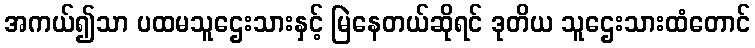
အကယ်၍သာ ပထမသူဌေးသားနှင့် မြဲနေတယ်ဆိုရင် ဒုတိယ သူဌေးသားထံတောင်